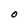
Character: O